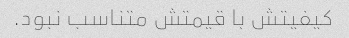
کیفیتش با قیمتش متناسب نبود.